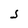
Character: S